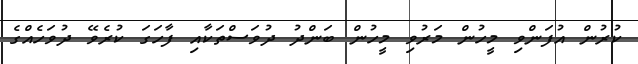
ކުރުން އުފަންވި މީހުން މަރުވި މީހުން ބަންދު ދުވަސްތަކާއި ފާހަގަ ކުރެވޭ ދުވަހެއްގެ